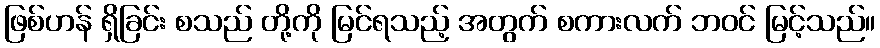
ဖြစ်ဟန် ရှိခြင်း စသည် တို့ကို မြင်ရသည့် အတွက် စကားလက် ဘဝင် မြင့်သည်။